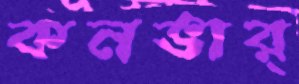
কনভার্